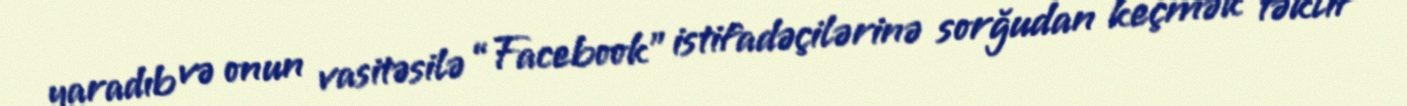
yaradıb və onun vasitəsilə “Facebook” istifadəçilərinə sorğudan keçmək təklif